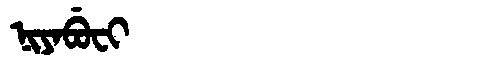
Manchu: ᠨᡳᠶᠠᠪᡠᠸᡳ
Romanization: NIYABUFI